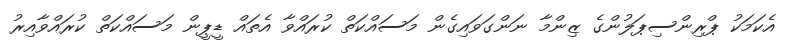
އެކަމަކު ޕްރިންސިޕަލުންގެ ޒިންމާ ނަންގަވައިގެން މަސައްކަތް ކުރައްވާ އެތައް ޑީޕީން މަސައްކަތް ކުރައްވާއިރު